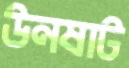
উনষাট